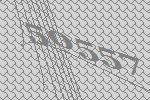
50557